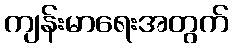
ကျန်းမာရေးအတွက်